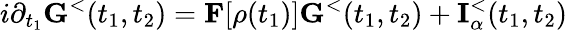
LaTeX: i\partial_{t_{1}}{\mathbf G}^{<}(t_{1},t_{2})={\mathbf F}[\rho(t_{1})]{\mathbf G}^{<}(t_{1},t_{2})+{\mathbf I}_{\alpha}^{<}(t_{1},t_{2})